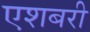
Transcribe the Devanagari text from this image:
एशबरी